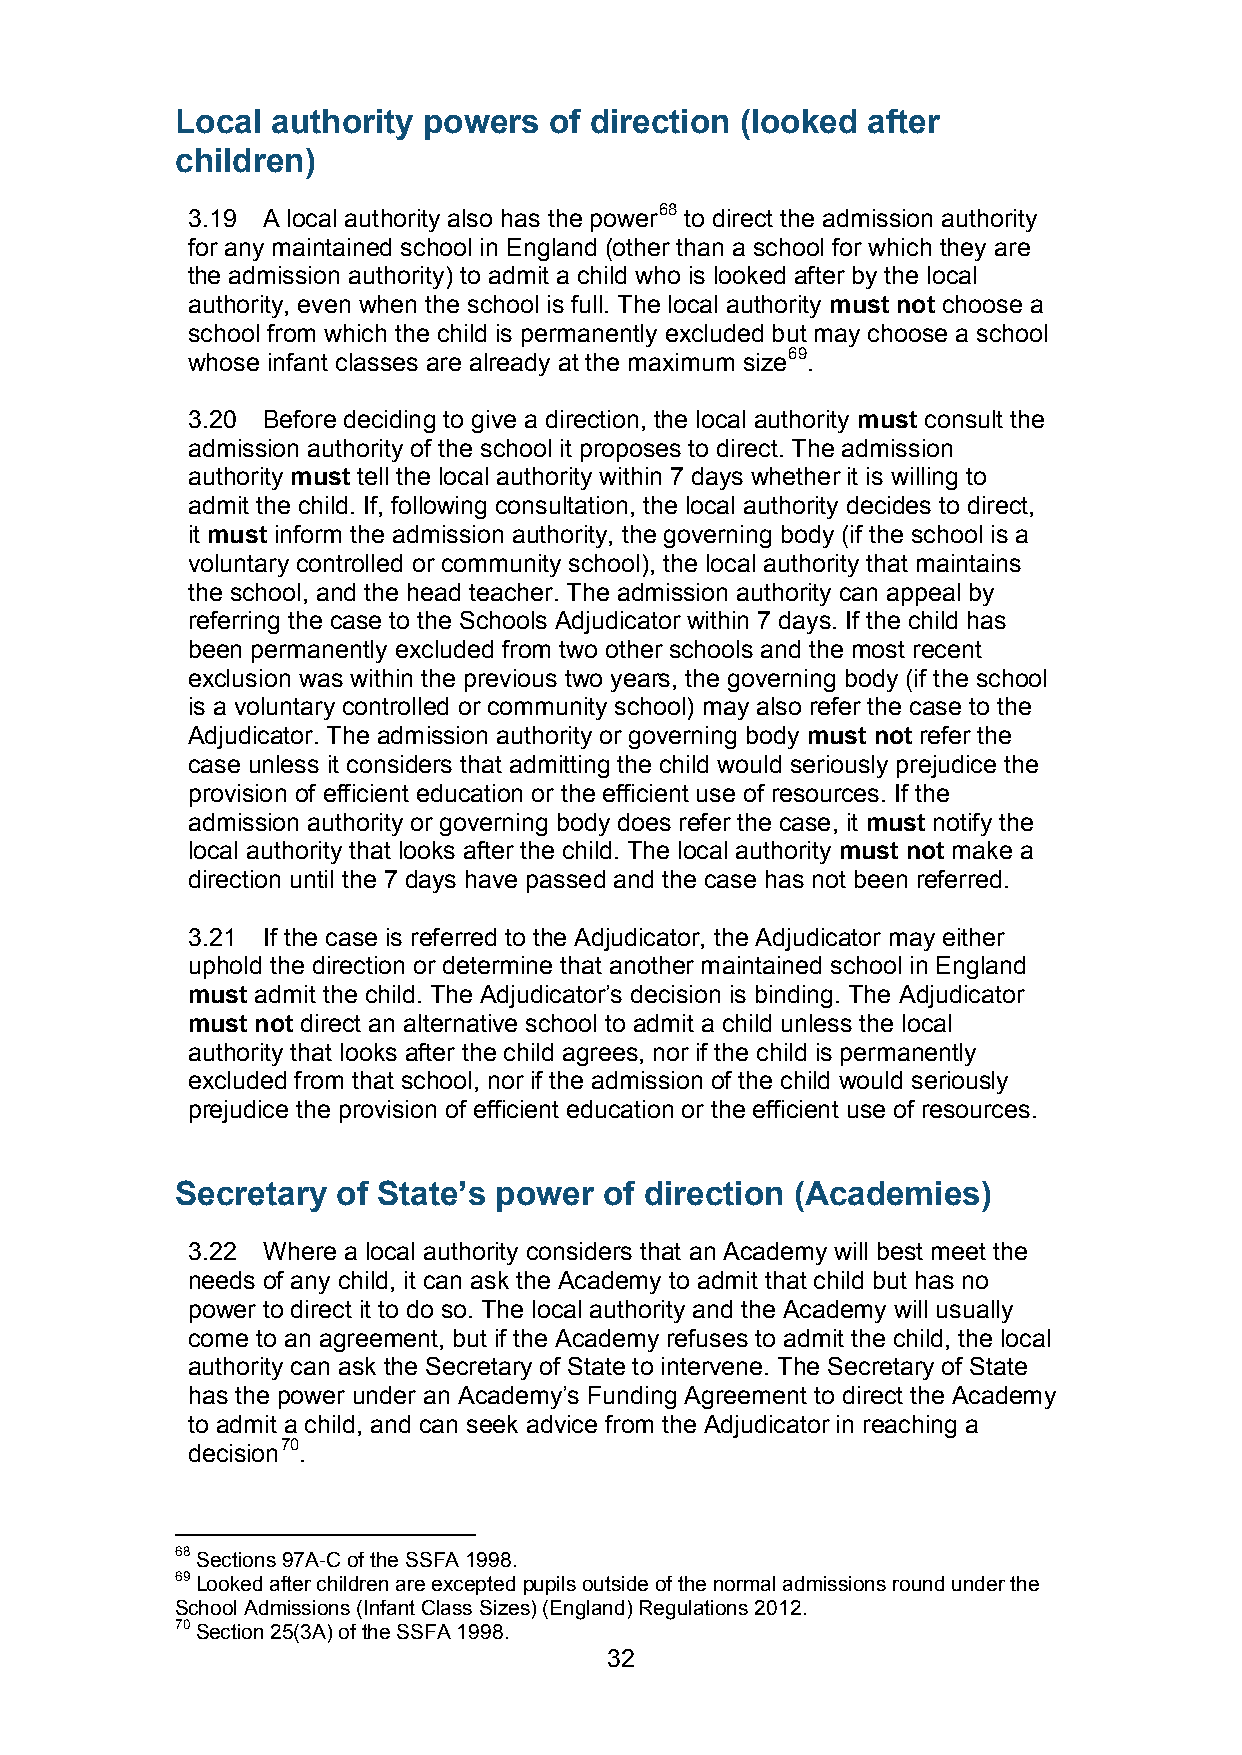
Local authority powers  of direction (looked after
 children)
 3.19 A local authority also has the power68 to direct the admission authority
 for any maintained school in England (other than a school for which they are
 the admission authority) to admit a child who is looked after by the local
 authority, even when the school is full. The local authority must not choose a
 school from which the child is permanently excluded but may choose a school
 whose infant classes are already at the maximum size69.
 3.20 Before deciding to give a direction, the local authority must consult the
 admission authority of the school it proposes to direct. The admission
 authority must tell the local authority within 7 days whether it is willing to
 admit the child. If, following consultation, the local authority decides to direct,
 it must inform the admission authority, the governing body (if the school is a
 voluntary controlled or community school), the local authority that maintains
 the school, and the head teacher. The admission authority can appeal by
 referring the case to the Schools Adjudicator within 7 days. If the child has
 been permanently excluded from two other schools and the most recent
 exclusion was within the previous two years, the governing body (if the school
 is a voluntary controlled or community school) may also refer the case to the
 Adjudicator. The admission authority or governing body must not refer the
 case unless it considers that admitting the child would seriously prejudice the
 provision of efficient education or the efficient use of resources. If the
 admission authority or governing body does refer the case, it must notify the
 local authority that looks after the child. The local authority must not make a
 direction until the 7 days have passed and the case has not been referred.
 3.21 If the case is referred to the Adjudicator, the Adjudicator may either
 uphold the direction or determine that another maintained school in England
 must admit the child. The Adjudicator’s decision is binding. The Adjudicator
 must not direct an alternative school to admit a child unless the local
 authority that looks after the child agrees, nor if the child is permanently
 excluded from that school, nor if the admission of the child would seriously
 prejudice the provision of efficient education or the efficient use of resources.
 Secretary of State’s power  of direction (Academies)
 3.22 Where a local authority considers that an Academy will best meet the
 needs of any child, it can ask the Academy to admit that child but has no
 power to direct it to do so. The local authority and the Academy will usually
 come to an agreement, but if the Academy refuses to admit the child, the local
 authority can ask the Secretary of State to intervene. The Secretary of State
 has the power under an Academy’s Funding Agreement to direct the Academy
 to admit a child, and can seek advice from the Adjudicator in reaching a
 decision70.
 68
 Sections 97A-C of the SSFA 1998.
 69 Looked after children are excepted pupils outside of the normal admissions round under the
 School Admissions (Infant Class Sizes) (England) Regulations 2012.
 70 Section 25(3A) of the SSFA 1998.
 32